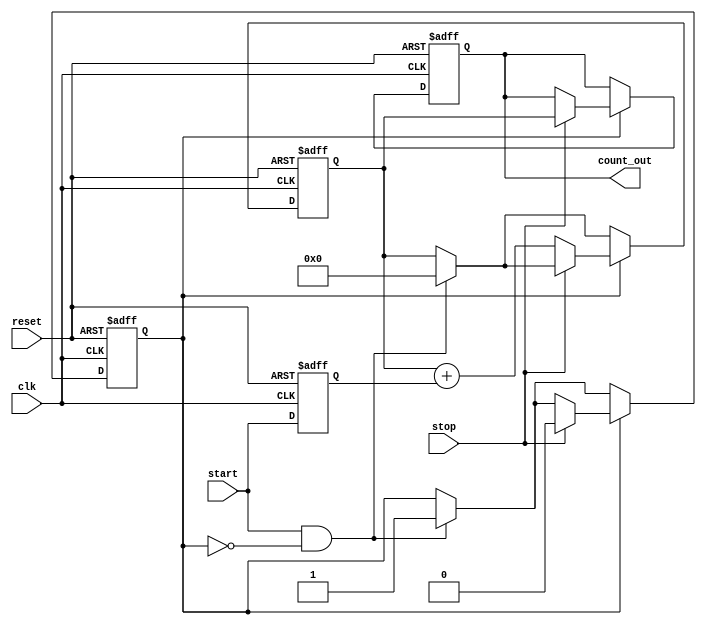
module TDC (
    input wire clk,                // Clock signal
    input wire reset,              // Reset signal
    input wire start,              // Start signal
    input wire stop,               // Stop signal
    output reg [N-1:0] count_out   // Counter output (N bits)
);
    parameter N = 8;               // Number of delay stages (adjust as necessary)

    reg [N-1:0] delay_line;        // Delay line to hold start signal state
    reg [N-1:0] count;             // Counter for measuring time interval
    reg measuring;                 // Flag to indicate if measuring is active
    
    // Initialize the output register and delay line
    initial begin
        count_out = 0;
        delay_line = 0;
        count = 0;
        measuring = 0;
    end

    // Clock process to handle sampling
    always @(posedge clk or posedge reset) begin
        if (reset) begin
            count_out <= 0;
            delay_line <= 0;
            count <= 0;
            measuring <= 0;
        end else begin
            // Shift the delay line to simulate delay elements
            delay_line <= {delay_line[N-2:0], start};

            if (start && !measuring) begin
                // Start measuring
                measuring <= 1;
                count <= 0; // Reset counter
            end

            if (measuring) begin
                // Count the number of delay stages activated by 'stop' signal
                if (stop) begin
                    count_out <= count;  // Latch count value to output
                    measuring <= 0;      // End measurement
                end else begin
                    // Count how many stages are '1' in delay_line
                    count <= count + delay_line[0]; // Increment count based on delay line
                end
            end
        end
    end
endmodule